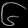
Digit: ၆